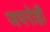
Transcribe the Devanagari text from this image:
जयरोही